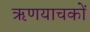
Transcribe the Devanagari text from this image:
ऋणयाचकों